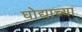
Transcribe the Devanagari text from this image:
घोद्याच्या